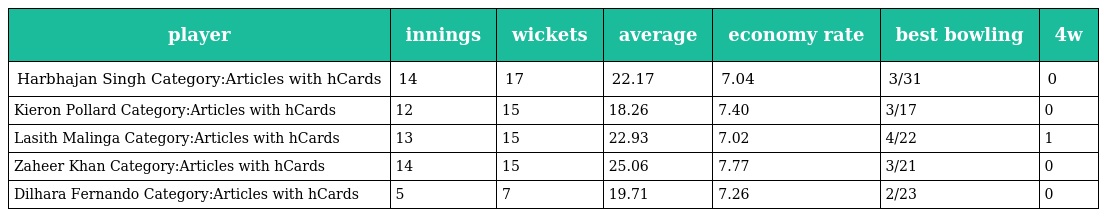
| player | innings | wickets | average | economy rate | best bowling | 4w |
 | --- | --- | --- | --- | --- | --- | --- |
 | Harbhajan Singh Category:Articles with hCards | 14 | 17 | 22.17 | 7.04 | 3/31 | 0 |
 | Kieron Pollard Category:Articles with hCards | 12 | 15 | 18.26 | 7.40 | 3/17 | 0 |
 | Lasith Malinga Category:Articles with hCards | 13 | 15 | 22.93 | 7.02 | 4/22 | 1 |
 | Zaheer Khan Category:Articles with hCards | 14 | 15 | 25.06 | 7.77 | 3/21 | 0 |
 | Dilhara Fernando Category:Articles with hCards | 5 | 7 | 19.71 | 7.26 | 2/23 | 0 |